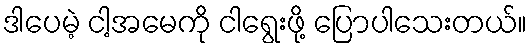
ဒါပေမဲ့ ငါ့အမေကို ငါရွေးဖို့ ပြောပါသေးတယ်။